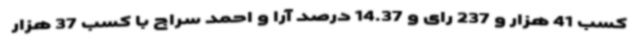
کسب 41 هزار و 237 رای و 14.37 درصد آرا و احمد سراج با کسب 37 هزار